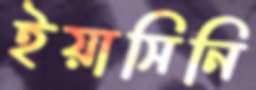
ইয়াসিনি